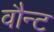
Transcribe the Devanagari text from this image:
वौन्ट